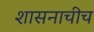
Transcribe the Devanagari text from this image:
शासनाचीच